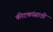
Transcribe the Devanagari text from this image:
कीटकांसाठी